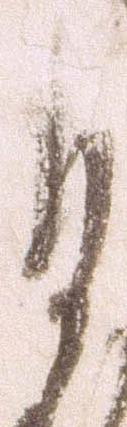
自